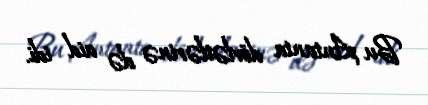
Bu Antanta dövlətlərinə də aid idi.